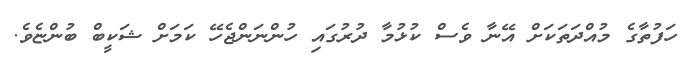
ހަފުތާގެ މުއްދަތަކަށް އޭނާ ވެސް ކުޅުމާ ދުރުގައި ހުންނަންޖެހޭ ކަމަށް ޝަކީބް ބުންޏެވެ.